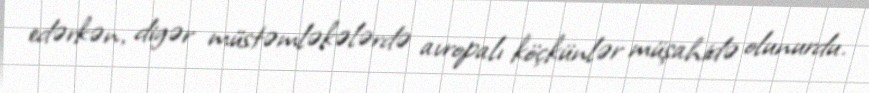
edərkən, digər müstəmləkələrdə avropalı köçkünlər müşahidə olunurdu.